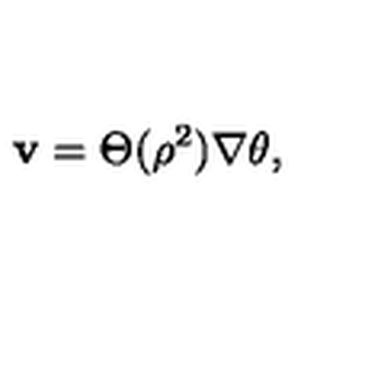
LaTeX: { \bf v } = \Theta ( { \rho } ^ { 2 } ) \nabla \theta ,